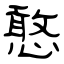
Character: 憨